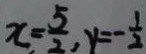
x , = \frac { 5 } { 2 } , y = - \frac { 1 } { 2 }